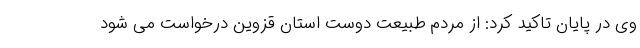
وی در پایان تاکید کرد: از مردم طبیعت دوست استان قزوین درخواست می شود